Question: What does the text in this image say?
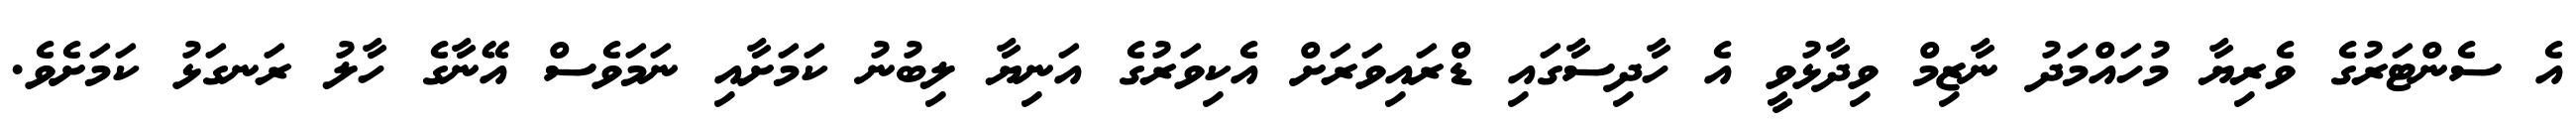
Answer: އެ ސެންޓަރުގެ ވެރިޔާ މުހައްމަދު ނާޒިމް ވިދާޅުވީ އެ ހާދިސާގައި ޑްރައިވަރަށް އެކިވަރުގެ އަނިޔާ ލިބުނު ކަމަށާއި ނަމަވެސް އޭނާގެ ހާލު ރަނގަޅު ކަމަށެވެ.